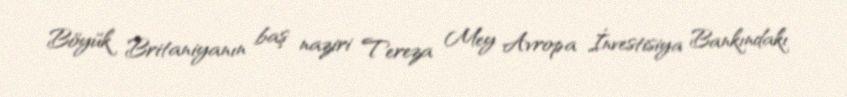
Böyük Britaniyanın baş naziri Tereza Mey Avropa İnvestisiya Bankındakı